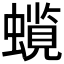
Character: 𧒋